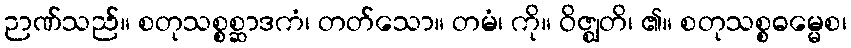
ဉာဏ်သည်။ စတုသစ္စစ္ဆာဒကံ၊ တတ်သော။ တမံ၊ ကို။ ဝိဇ္ဈတိ၊ ၏။ စတုသစ္စဓမ္မေစ၊